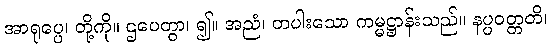
အာရုပ္ပေ၊ တို့ကို။ ဌပေတွာ၊ ၍။ အညံ၊ တပါးသော ကမ္မဋ္ဌာန်းသည်။ နပ္ပဝတ္တတိ၊